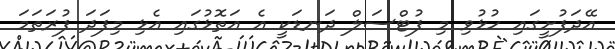
އޭދަފުށީގައި ހުޅުވި މި ފުޓްސަލް ދަނޑަކީ އެ އަތޮޅުގައި އެޅި މިފަދަ ފުރަތަމަ